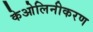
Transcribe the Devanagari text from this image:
केओलिनीकरण